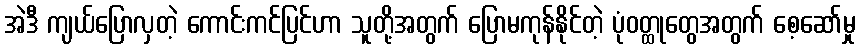
အဲဒီ ကျယ်ပြောလှတဲ့ ကောင်းကင်ပြင်ဟာ သူတို့အတွက် ပြောမကုန်နိုင်တဲ့ ပုံဝတ္ထုတွေအတွက် စေ့ဆော်မှု